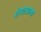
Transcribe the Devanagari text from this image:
शेपट्याला